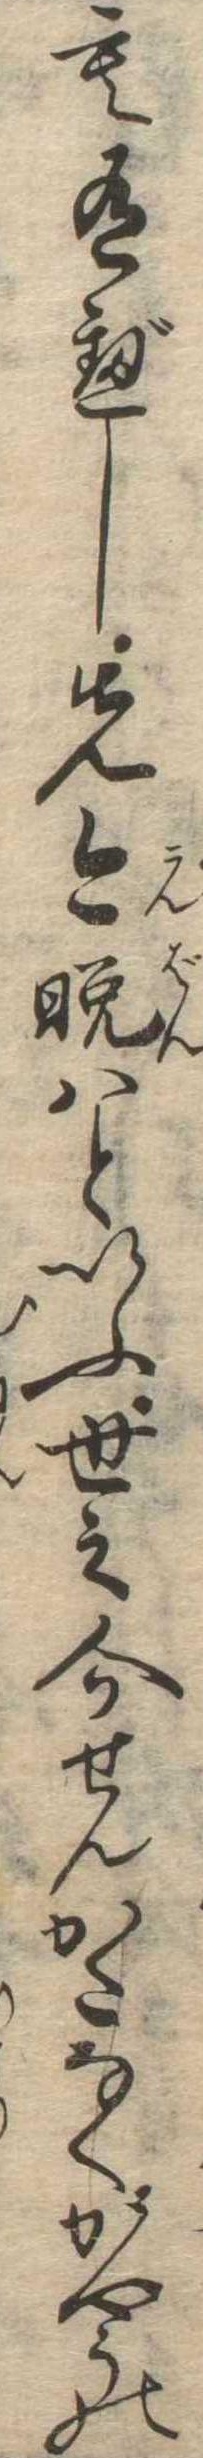
も有べし先今晩はといふ世之介せんかたなくかやうの